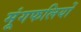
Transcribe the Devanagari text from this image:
मूंगफलियों